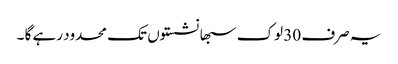
یہ صرف 30 لوک سبھا نشستوں تک محدود رہے گا ۔